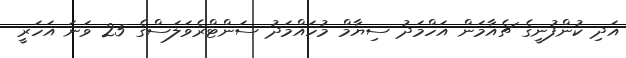
އަދި ކުންފުނީގެ ޗެއާމަން އަހްމަދު ސިޔާމް މުހައްމަދު ސަންޓްރެވަލަސްގެ 25 ވަނަ އަހަރީ